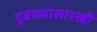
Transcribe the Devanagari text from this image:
दुबळ्यासारखी